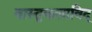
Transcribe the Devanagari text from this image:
वास्तुकलाविद्